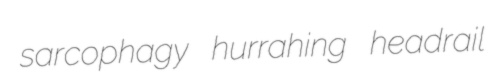
sarcophagy hurrahing headrail